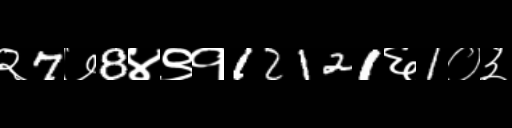
Text: २7७8४९१12121६1०३